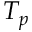
T _ { p }